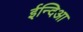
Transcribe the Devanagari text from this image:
ईन्दिआ